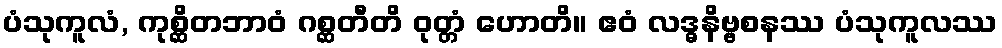
ပံသုကူလံ, ကုစ္ဆိတဘာဝံ ဂစ္ဆတီတိ ဝုတ္တံ ဟောတိ။ ဧဝံ လဒ္ဓနိဗ္ဗစနဿ ပံသုကူလဿ